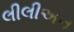
લીલીઅન